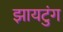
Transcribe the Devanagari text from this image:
झायटुंग